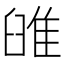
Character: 𨾹